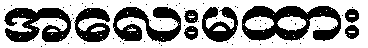
အလေးမထား